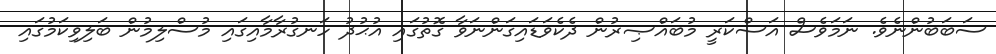
ސަބަބުންނެވެ. ނަމަވެސް އަސްކަރީ މުބައްޞިރުން ދެކެވަޑައިގަންނަވާ ގޮތުގައި އުޙުދު ހަނގުރާމާއިގައި މުސްލިމުން ބަލިވިކަމުގައި